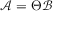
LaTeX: { \mathcal { A } } = \Theta { \mathcal { B } }